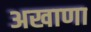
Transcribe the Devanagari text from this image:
अखाणा